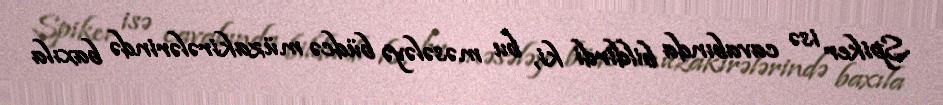
Spiker isə cavabında bildirdi ki, bu məsələyə büdcə müzakirələrində baxıla